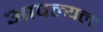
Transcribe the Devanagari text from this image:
आपल्यला